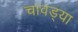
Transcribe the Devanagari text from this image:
चावड्या